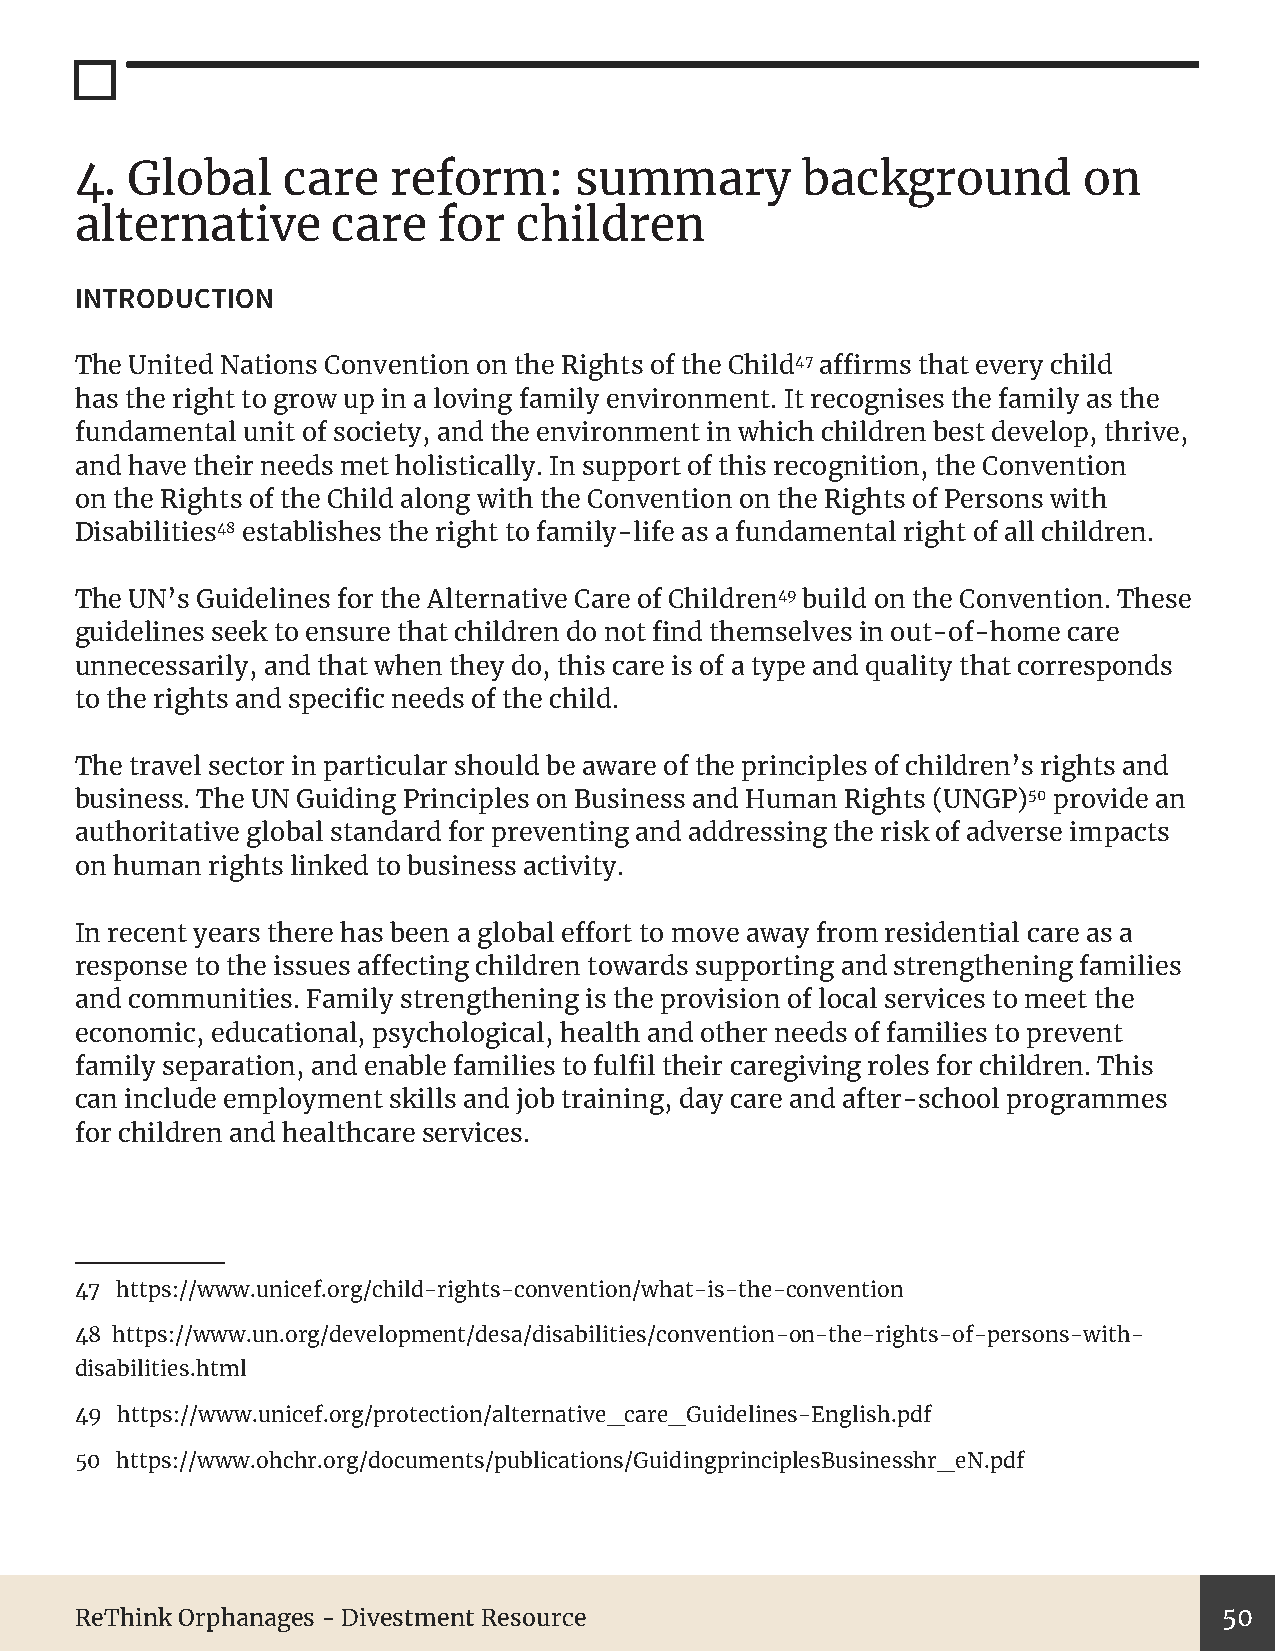
4. Global     care   reform:     summary        background         on
 alternative      care   for  children
 INTRODUCTION
 The United Nations Convention on the Rights of the Child47 affirms that every child
 has the right to grow up in a loving family environment. It recognises the family as the
 fundamental unit of society, and the environment in which children best develop, thrive,
 and have their needs met holistically. In support of this recognition, the Convention
 on the Rights of the Child along with the Convention on the Rights of Persons with
 Disabilities48 establishes the right to family-life as a fundamental right of all children.
 The UN’s Guidelines for the Alternative Care of Children49 build on the Convention. These
 guidelines seek to ensure that children do not find themselves in out-of-home care
 unnecessarily, and that when they do, this care is of a type and quality that corresponds
 to the rights and specific needs of the child.
 The travel sector in particular should be aware of the principles of children’s rights and
 business. The UN Guiding Principles on Business and Human Rights (UNGP)50 provide an
 authoritative global standard for preventing and addressing the risk of adverse impacts
 on human rights linked to business activity.
 In recent years there has been a global effort to move away from residential care as a
 response to the issues affecting children towards supporting and strengthening families
 and communities. Family strengthening is the provision of local services to meet the
 economic, educational, psychological, health and other needs of families to prevent
 family separation, and enable families to fulfil their caregiving roles for children. This
 can include employment skills and job training, day care and after-school programmes
 for children and healthcare services.
 47 https://www.unicef.org/child-rights-convention/what-is-the-convention
 48 https://www.un.org/development/desa/disabilities/convention-on-the-rights-of-persons-with-
 disabilities.html
 49 https://www.unicef.org/protection/alternative_care_Guidelines-English.pdf
 50 https://www.ohchr.org/documents/publications/GuidingprinciplesBusinesshr_eN.pdf
 ReThink Orphanages - Divestment Resource                                    50